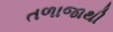
તળાજાથી